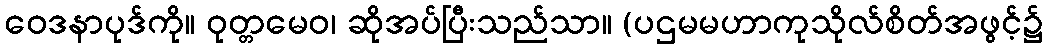
ဝေဒနာပုဒ်ကို။ ဝုတ္တမေဝ၊ ဆိုအပ်ပြီးသည်သာ။ (ပဌမမဟာကုသိုလ်စိတ်အဖွင့်၌